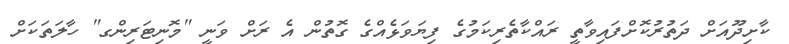
ކާށިދޫއަށް ދަތުރުކޮށްފައިވާތީ ރައްކާތެރިކަމުގެ ފިޔަވަޅެއްގެ ގޮތުން އެ ރަށް ވަނީ "މޮނިޓަރިންގ" ހާލަތަކަށް